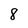
Character: 8